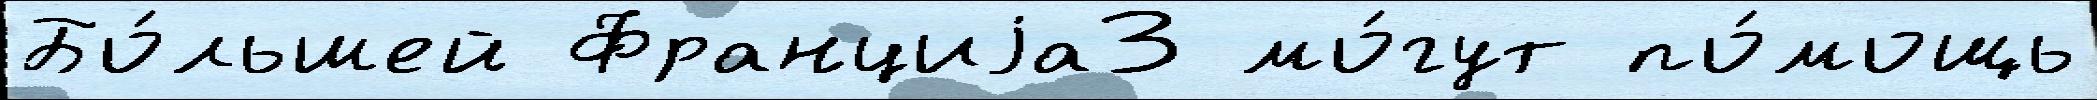
Бо́льшей Франциjа3 мо́гут по́мощь